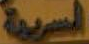
المسربية